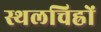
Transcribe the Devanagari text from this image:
स्थलचिह्रों